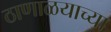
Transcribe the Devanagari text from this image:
ठाणाळयाच्या